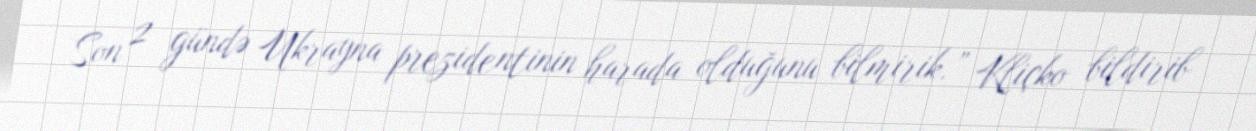
Son 2 gündə Ukrayna prezidentinin harada olduğunu bilmirik.” Kliçko bildirib